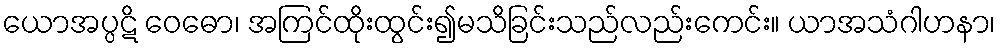
ယောအပ္ပဋိ ဝေဓော၊ အကြင်ထိုးထွင်း၍မသိခြင်းသည်လည်းကေင်း။ ယာအသံဂါဟနာ၊